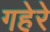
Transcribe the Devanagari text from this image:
गहेरे